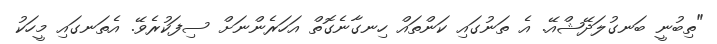
"ތިބުނީ ބަނގުލަދޭޝްއޭ. އެ ތަނުގައި ކަންތައް ހިނގާނެގޮތް އަހަރެންނަށް ސިފަކުރެވޭ. އެތަނގައި މީހަކު